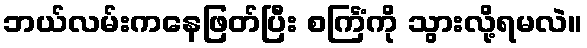
ဘယ်လမ်းကနေဖြတ်ပြီး စင်္ကြံကို သွားလို့ရမလဲ။